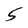
Character: 5